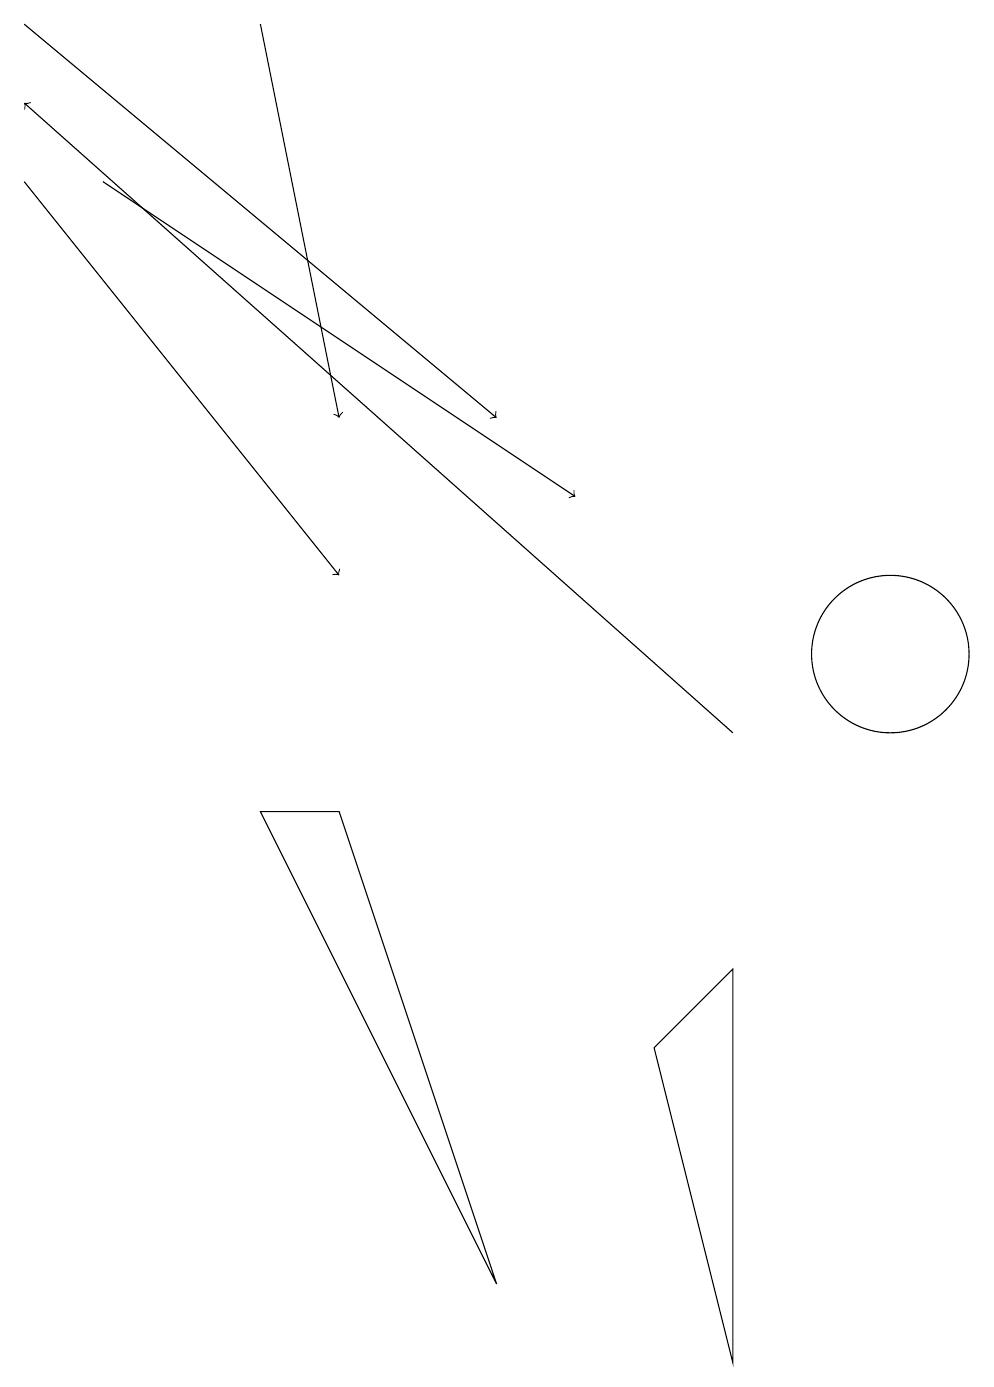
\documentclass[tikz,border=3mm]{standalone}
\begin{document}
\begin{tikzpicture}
\draw (8,6) -- (9,7) -- (9,2) -- cycle;
\draw[->] (0,17) -- (4,12);
\draw (11,11) circle (1);
\draw[->] (3,19) -- (4,14);
\draw (3,9) -- (4,9) -- (6,3) -- cycle;
\draw[->] (1,17) -- (7,13);
\draw[->] (9,10) -- (0,18);
\draw[->] (0,19) -- (6,14);
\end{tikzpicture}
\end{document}